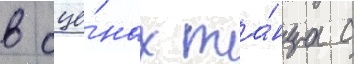
в сце́нах та́нца с